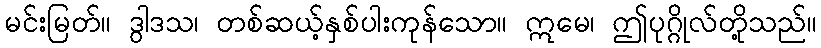
မင်းမြတ်။ ဒွါဒသ၊ တစ်ဆယ့်နှစ်ပါးကုန်သော။ ဣမေ၊ ဤပုဂ္ဂိုလ်တို့သည်။